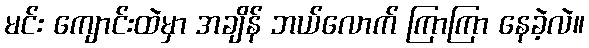
မင်း ကျောင်းထဲမှာ အချိန် ဘယ်လောက် ကြာကြာ နေခဲ့လဲ။